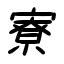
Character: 寮